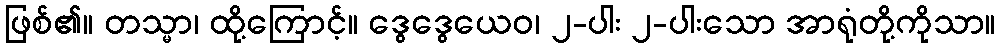
ဖြစ်၏။ တသ္မာ၊ ထို့ကြောင့်။ ဒွေဒွေယေဝ၊ ၂-ပါး ၂-ပါးသော အာရုံတို့ကိုသာ။